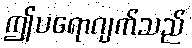
ဤပရောဂျက်သည်